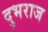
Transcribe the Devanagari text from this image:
दुभराज